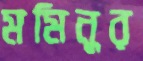
মমিনুর